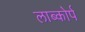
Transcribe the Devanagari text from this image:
लाब्कोर्प